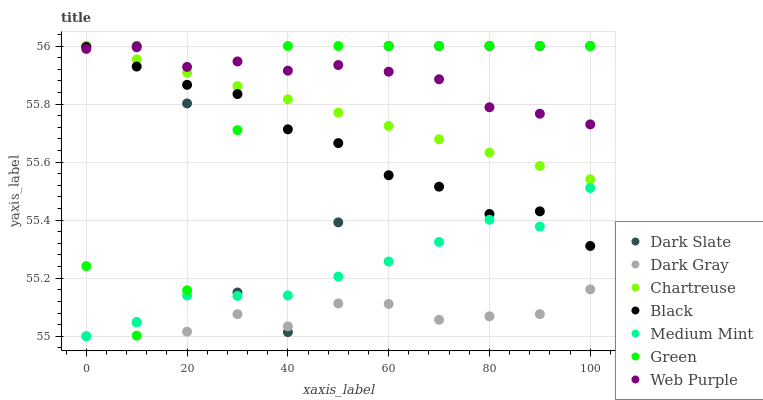
| xaxis_label | Dark Slate | Dark Gray | Chartreuse | Black | Medium Mint | Green | Web Purple |
 | --- | --- | --- | --- | --- | --- | --- | --- |
 | 0 | 56 | 55 | 56 | 56 | 55 | 55.2 | 56 |
 | 10 | 56 | 55 | 56 | 55.9 | 55 | 55 | 56 |
 | 20 | 55.8 | 55 | 55.9 | 55.9 | 55.1 | 55.2 | 55.9 |
 | 30 | 55.2 | 55.1 | 55.9 | 55.8 | 55.1 | 55.7 | 55.9 |
 | 40 | 55 | 55 | 55.8 | 55.7 | 55.1 | 56 | 55.9 |
 | 50 | 55.4 | 55.1 | 55.8 | 55.7 | 55.2 | 56 | 55.9 |
 | 60 | 56 | 55.1 | 55.7 | 55.6 | 55.3 | 56 | 55.9 |
 | 70 | 56 | 55.1 | 55.7 | 55.5 | 55.3 | 56 | 55.9 |
 | 80 | 56 | 55.1 | 55.6 | 55.4 | 55.4 | 56 | 55.8 |
 | 90 | 56 | 55.1 | 55.6 | 55.4 | 55.4 | 56 | 55.8 |
 | 100 | 56 | 55.2 | 55.5 | 55.3 | 55.5 | 56 | 55.7 |